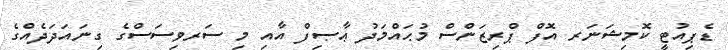
ޑެޕިއުޓީ ކޮމިޝަނަރ އޮފް ޕްރިޒަންސް މުޙައްމަދު ޢާޞިފް އާއި މި ސަރވިސަސްގެ ގިނައަދަދެއްގެ